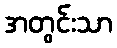
အတွင်းသာ